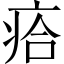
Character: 㾑